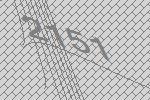
2151